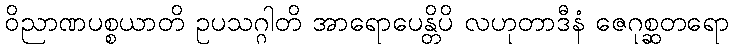
ဝိညာဏပစ္စယာတိ ဥပသဂ္ဂါတိ အာရောပေန္တိပိ လဟုတာဒီနံ ဇေဂုစ္ဆတရော